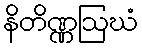
နိတိဏ္ဏဩဃံ